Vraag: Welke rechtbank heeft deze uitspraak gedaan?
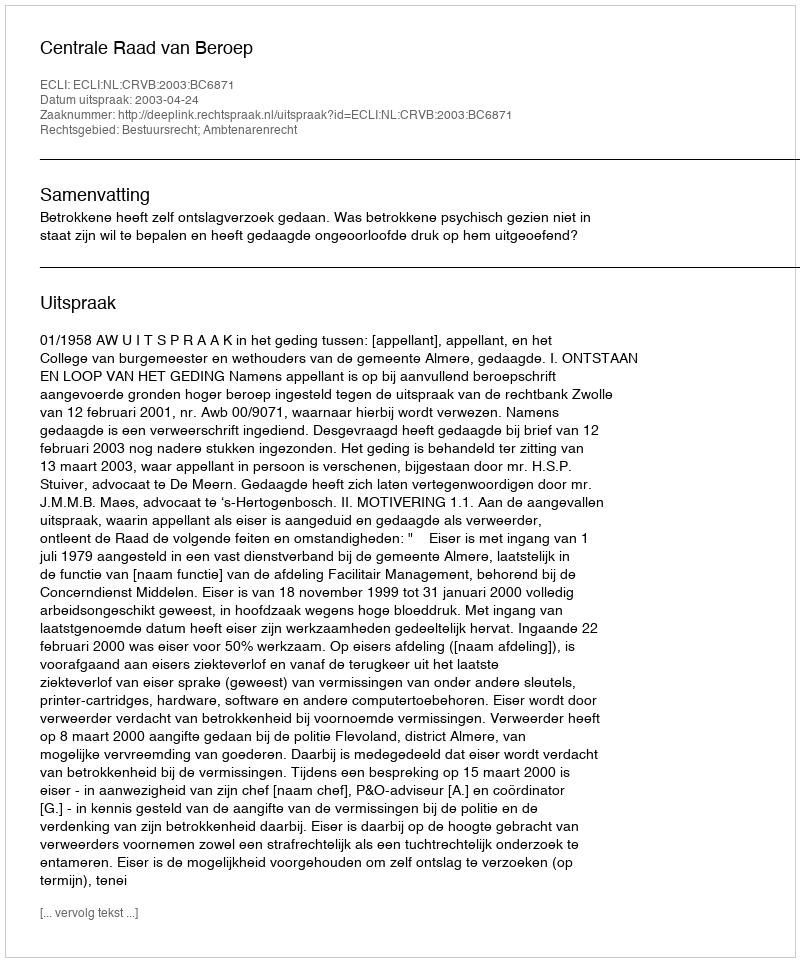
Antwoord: Centrale Raad van Beroep